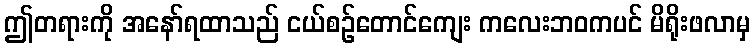
ဤတရားကို အနော်ရထာသည် ငယ်စဉ်တောင်ကျေး ကလေးဘဝကပင် မိရိုးဖလာမှ